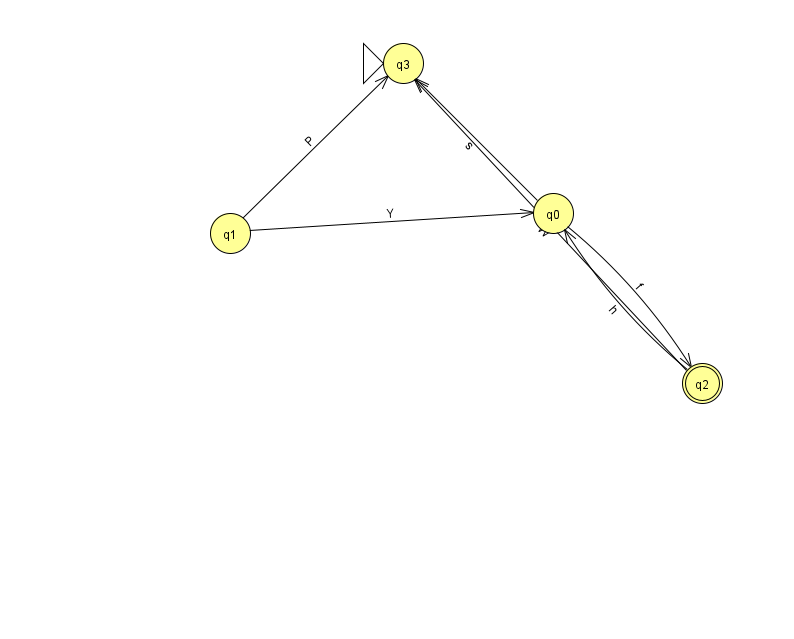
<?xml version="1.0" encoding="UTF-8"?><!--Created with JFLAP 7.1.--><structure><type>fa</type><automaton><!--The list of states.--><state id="0" name="q0"><x>553.0</x><y>200.0</y></state><state id="1" name="q1"><x>230.0</x><y>220.0</y></state><state id="2" name="q2"><x>702.0</x><y>370.0</y><final/></state><state id="3" name="q3"><x>403.0</x><y>50.0</y><initial/></state><!--The list of transitions.--><transition><from>1</from><to>3</to><read>P</read></transition><transition><from>2</from><to>0</to><read>h</read></transition><transition><from>1</from><to>0</to><read>Y</read></transition><transition><from>2</from><to>3</to><read>W</read></transition><transition><from>0</from><to>2</to><read>f</read></transition><transition><from>0</from><to>3</to><read>s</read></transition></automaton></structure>